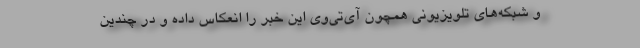
و شبکه‌های تلویزیونی همچون آی‌تی‌وی این خبر را انعکاس داده‌ و در چندین